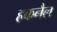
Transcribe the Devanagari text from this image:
हकनैल